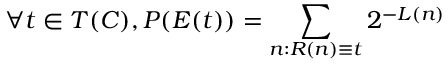
\forall t \in T ( C ) , P ( E ( t ) ) = \sum _ { n : R ( n ) \equiv t } 2 ^ { - L ( n ) }